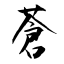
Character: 蒼